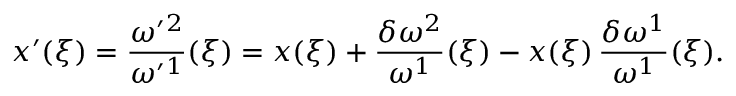
x ^ { \prime } ( \xi ) = \frac { \omega ^ { \prime } { } ^ { 2 } } { \omega ^ { \prime } { } ^ { 1 } } ( \xi ) = x ( \xi ) + \frac { \delta \omega ^ { 2 } } { \omega ^ { 1 } } ( \xi ) - x ( \xi ) \, \frac { \delta \omega ^ { 1 } } { \omega ^ { 1 } } ( \xi ) .